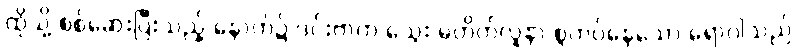
ထိုသို့ စစ်ဆေးပြီးသည့် နောက်၌ ဒင်းဗာက သွေး မတိတ်လူနာ စွဲကပ်နေသော ရောဂါသည်